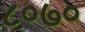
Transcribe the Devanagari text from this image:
८०७०